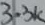
Text: 3.3K